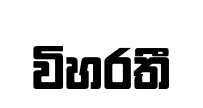
විහරතී